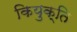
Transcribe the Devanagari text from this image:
कियुक्ति